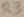
Text: R3